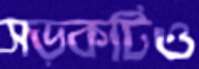
সড়কটিও